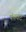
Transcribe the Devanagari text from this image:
पंचवट